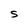
Character: S